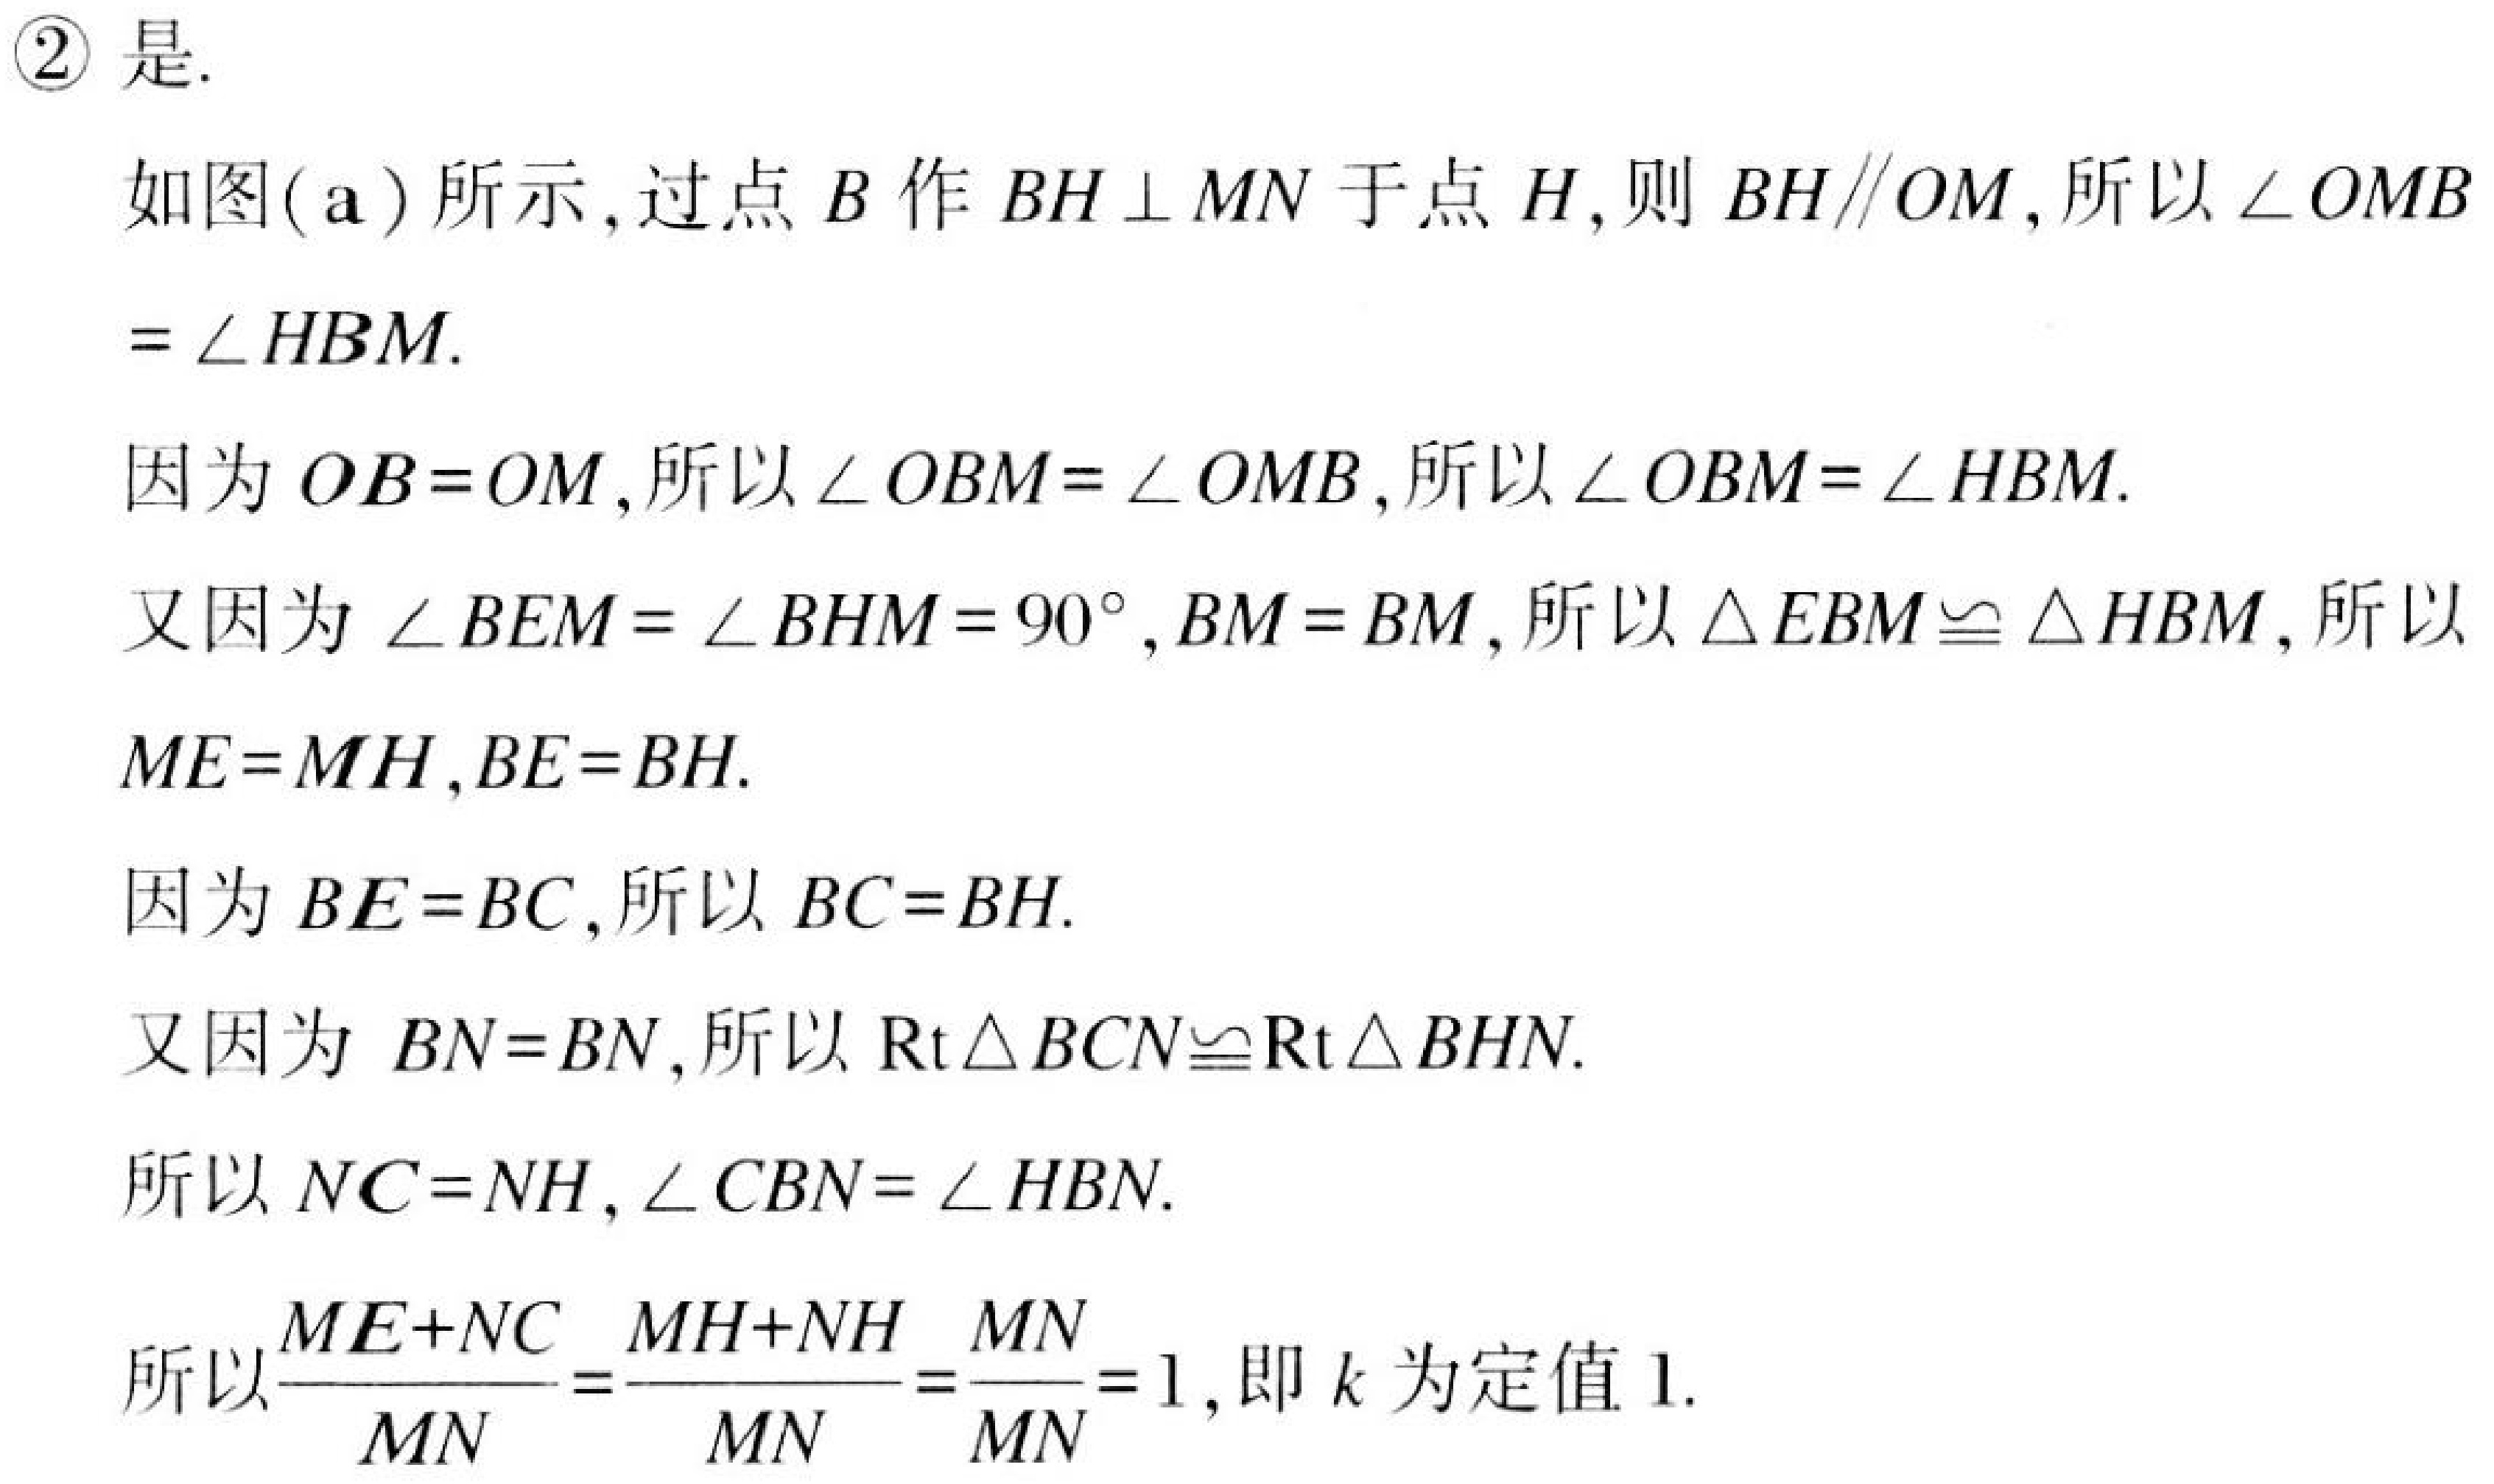
\textcircled{2} 是.
如图(a)所示,过点\(B\)作\(BH\perp MN\)于点\(H\),则\(BH\parallel OM\),所以\(\angle OMB\)
\(=\angle HBM\).
因为\(OB = OM\),所以\(\angle OBM=\angle OMB\),所以\(\angle OBM=\angle HBM\).
又因为\(\angle BEM=\angle BHM = 90^{\circ},BM = BM\),所以\(\triangle EBM\cong\triangle HBM\),所以
\(ME = MH,BE = BH\).
因为\(BE = BC\),所以\(BC = BH\).
又因为 \(BN = BN\),所以\(\mathrm{Rt}\triangle BCN\cong\mathrm{Rt}\triangle BHN\).
所以\(NC = NH,\angle CBN=\angle HBN\).
所以\(\frac{ME + NC}{MN}=\frac{MH+NH}{MN}=\frac{MN}{MN}=1\),即\(k\)为定值\(1\).